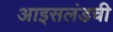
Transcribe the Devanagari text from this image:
आइसलंडची